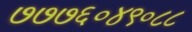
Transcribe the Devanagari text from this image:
७७७६०४९०८८